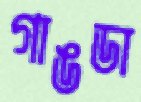
গাঙডা